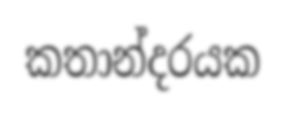
කතාන්දරයක